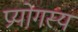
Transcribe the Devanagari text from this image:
प्रयोगस्य